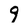
Character: 9